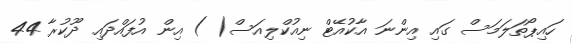
ހައިޕޯތަލަމަސް ގައި އިންނަ އާކުއޭޓް ނިއުކްލިއަސް( ) އިން އުފައްދައި ދޫކުރާ 44